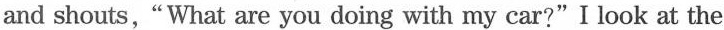
and shouts,"What are you doing with my car?"I look at the